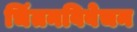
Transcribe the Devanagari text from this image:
चिंतनविवेचन